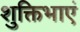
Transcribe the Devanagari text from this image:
शुक्तिभाएं